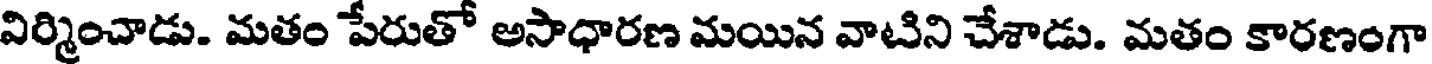
విర్మించాడు. మతం పేరుతో అసాధారణ మయిన వాటిని చేశాడు. మతం కారణంగా